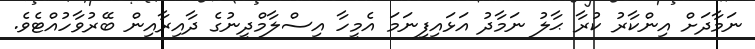
ނަމާދަށް އިންކާރު ކުރާ ޙާލު ނަމާދު އަޅައިފިނަމަ އެމީހާ އިސްލާމްދީނުގެ ދާއިރާއިން ބޭރުވާހުއްޓެވެ.